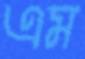
এম